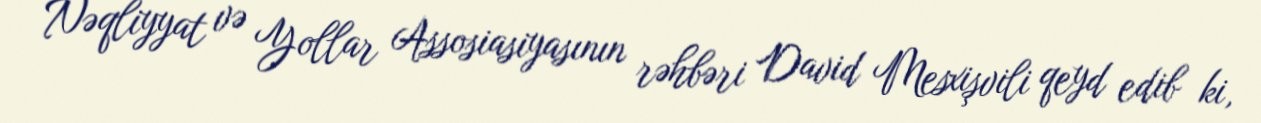
Nəqliyyat və Yollar Assosiasiyasının rəhbəri David Mesxişvili qeyd edib ki,